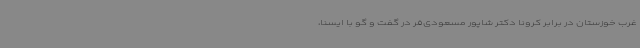
غرب خوزستان در برابر کرونا دکتر شاپور مسعودی‌فر در گفت و گو با ایسنا،